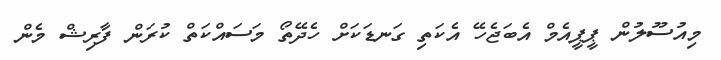
މިއުސޫލުން ޕީޕީއެމް އެބަޖެހޭ އެކަތި ގަނޑަކަށް ހެދޭތޯ މަސައްކަތް ކުރަން ފާރިޝް މެން